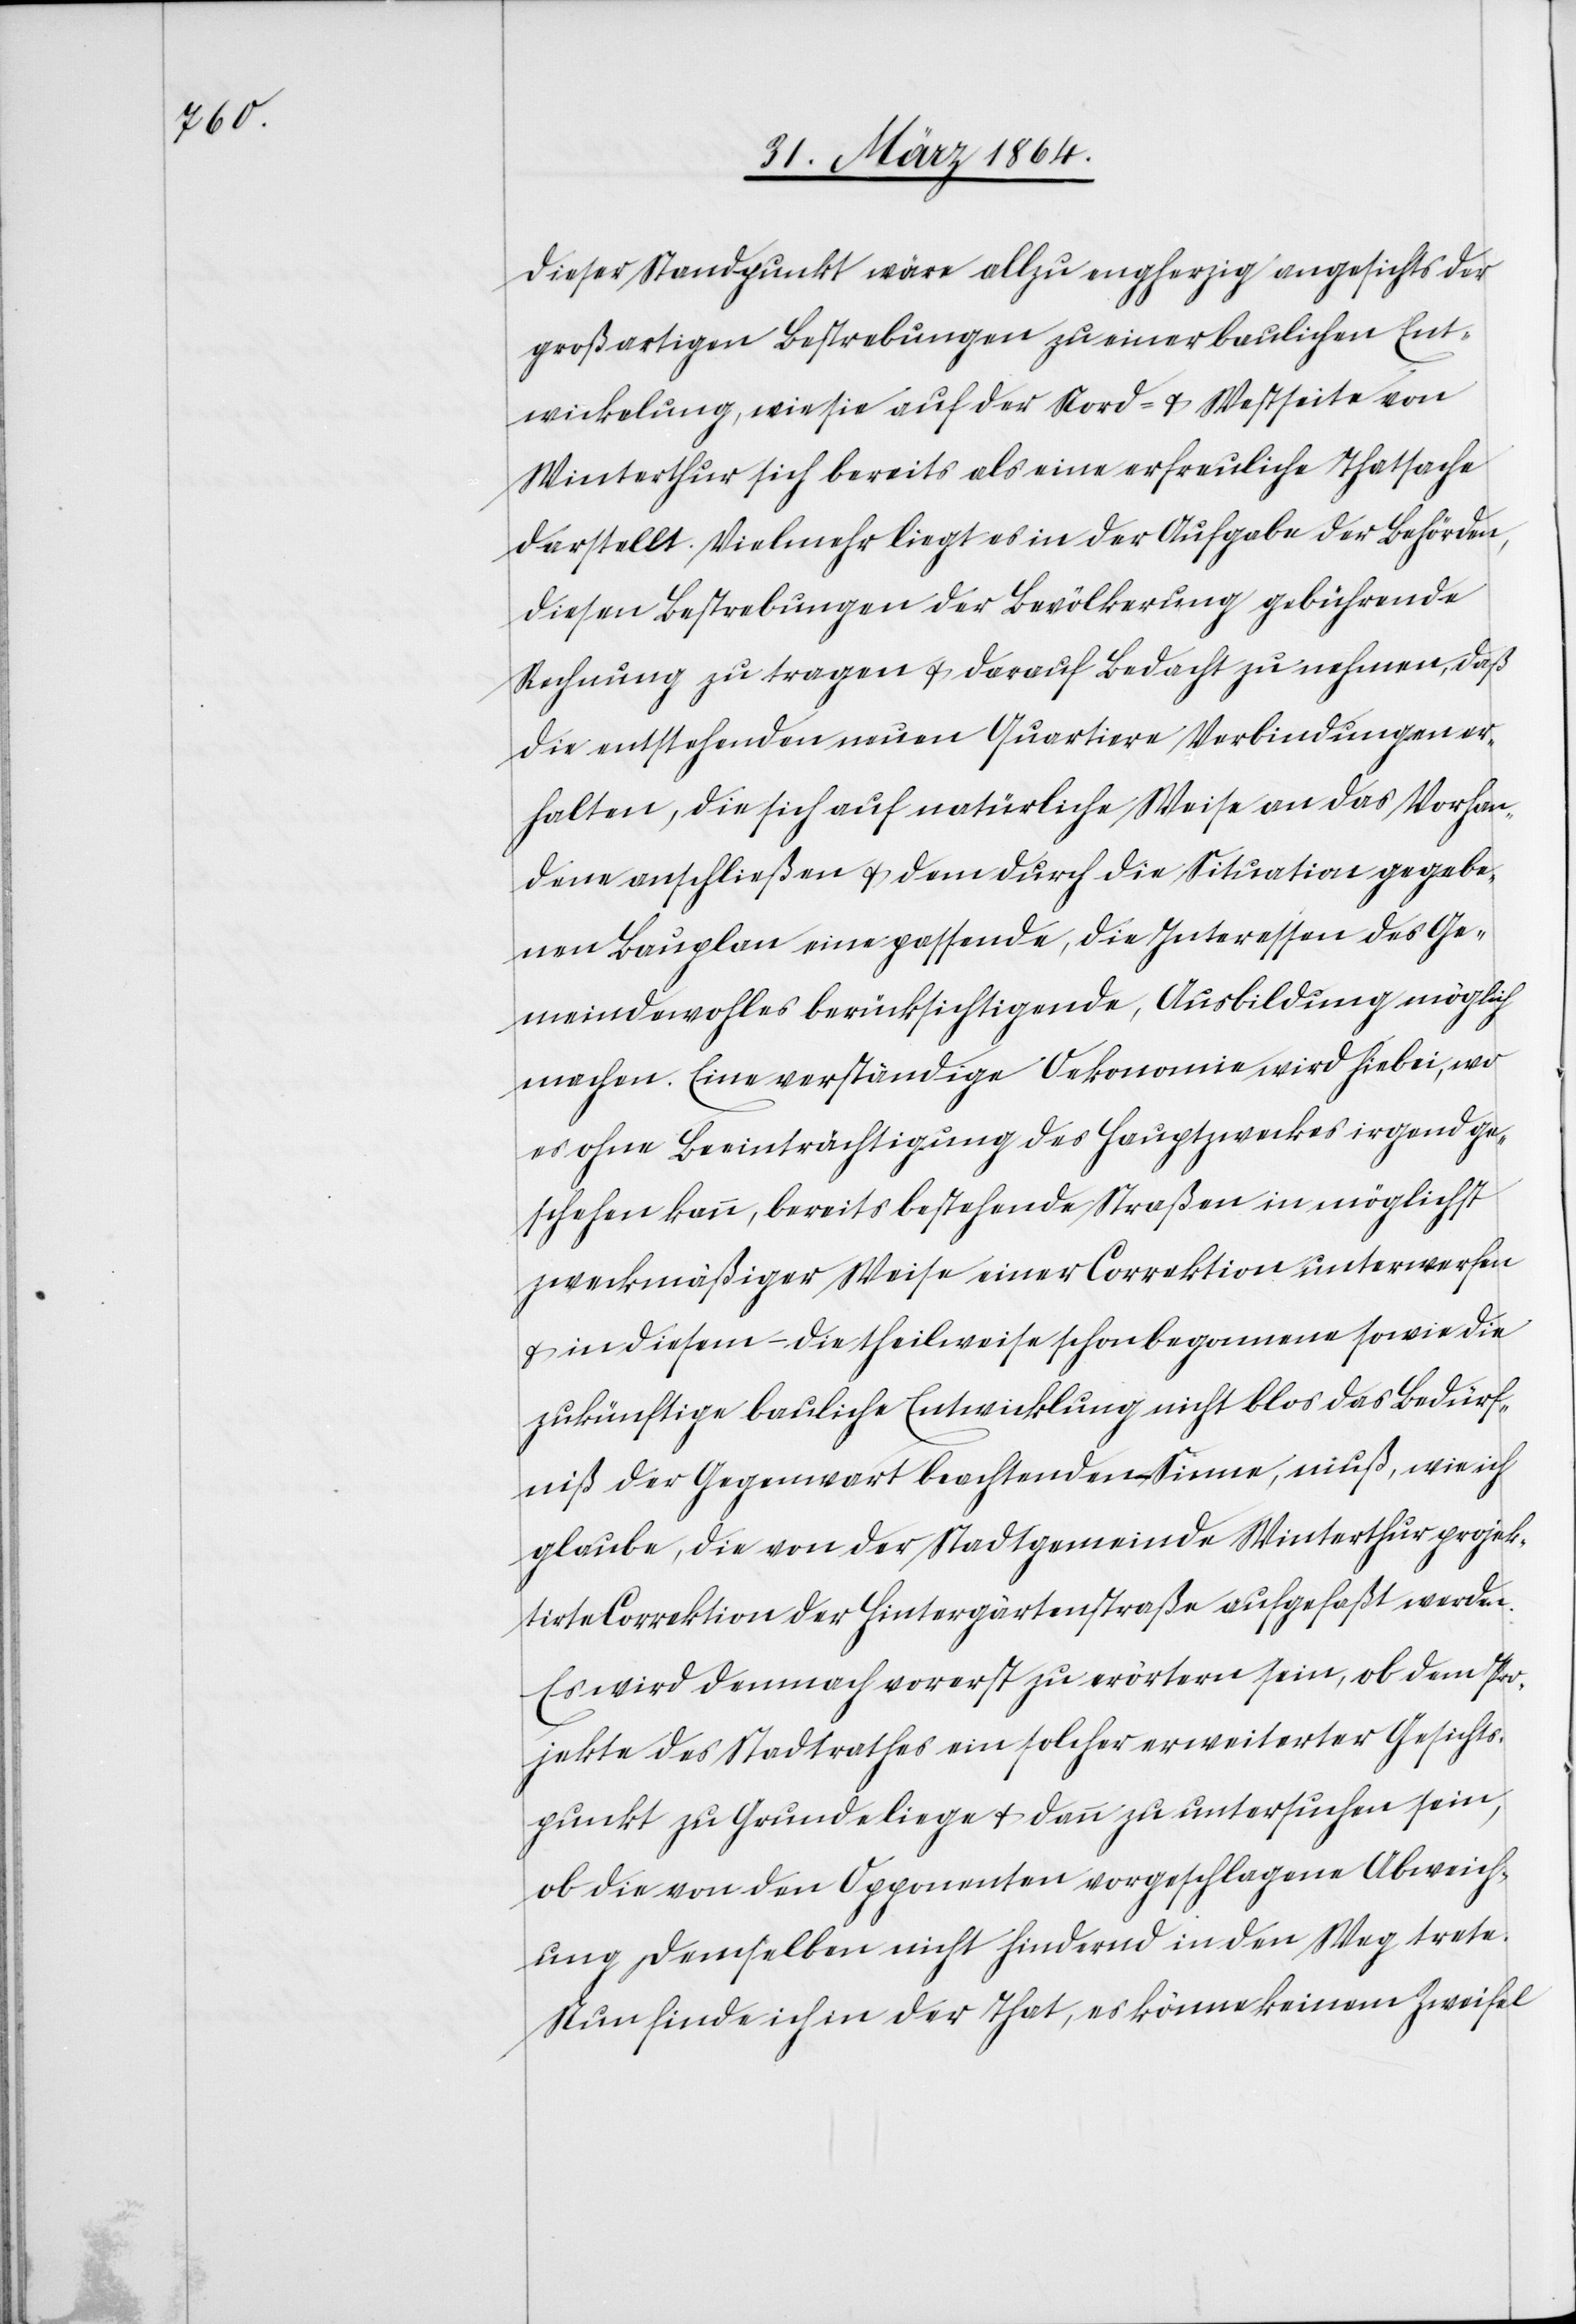
Dieser Standpunkt wäre allzu engherzig angesichts der
großartigen Bestrebungen zu einer baulichen Ent¬
wickelung, wie sie auf der Nord- u. Westseite von
Winterthur sich bereits als eine erfreuliche Thatsache
darstellt. Vielmehr liegt es in der Aufgabe der Behörden,
diesen Bestrebungen der Bevölkerung gebührende
Rechnung zu tragen u. darauf Bedacht zu nehmen, daß
die entstehenden neuen Quartiere Verbindungen er¬
halten, die sich auf natürliche Weise an das Vorhan¬
dene anschließen u. dem durch die Situation gegebe¬
nen Bauplan eine passende, die Interessen des Ge¬
meindewohles berücksichtigende, Ausbildung möglich
machen. Eine verständige Oekonomie wird hiebei, wo
es ohne Beeinträchtigung des Hauptzweckes irgend ge¬
schehen kann, bereits bestehende Straßen in möglichst
zweckmäßiger Weise einer Correktion unterwerfen
u. in diesem – die theilweise schon begonnene sowie die
zukünftige bauliche Entwicklung nicht blos das Bedürf¬
niß der Gegenwart beachtenden – Sinne, muß, wie ich
glaube, die von der Stadtgemeinde Winterthur projek¬
tirte Correktion der Hintergärtenstraße aufgefaßt werden.
Es wird demnach vorerst zu erörtern sein, ob dem Pro¬
jekte des Stadtrathes ein solcher erweiterter Gesichts¬
punkt zu Grunde liege u. dann zu untersuchen sein,
ob die von den Opponenten vorgeschlagene Abweich¬
ung demselben nicht hindernd in den Weg trete.
Nun finde ich in der That, es könne keinem Zweifel